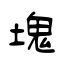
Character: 塊